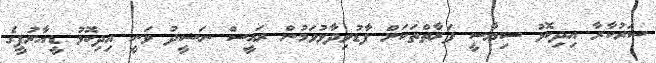
ސަރުކާރާ އިދިކޮޅު ސިޔާސީ ފަރާތްތަކަށް ފާޑުވިދާޅުވަމުން ރައީސް ނަޝީދު ވަނީ އިދިކޮޅު ޑީއާރުޕީގެ